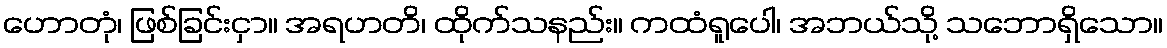
ဟောတုံ၊ ဖြစ်ခြင်းငှာ။ အရဟတိ၊ ထိုက်သနည်း။ ကထံရူပေါ၊ အဘယ်သို့ သဘောရှိသော။